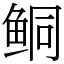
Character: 鲖